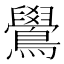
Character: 鷽